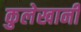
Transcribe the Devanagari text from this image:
कुलेखानी